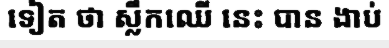
ទៀត ថា ស្លឹកឈើ នេះ បាន ងាប់